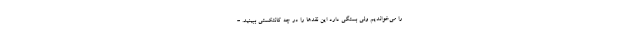
را می‌خواندیم ولی بستگی دارد این نقدها را در چه کانتکستی ببینید. -